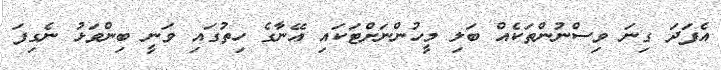
އެފަދަ ގިނަ ވިސްނުންތަކެއް ބަލި މީހުންނަށްޓަކައި އޭނާގެ ހިތުގައި ވަނީ ބިންވަޅު ނެގިފަ